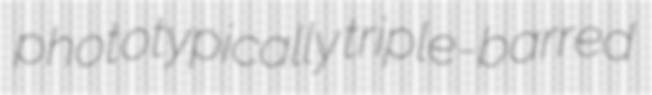
phototypically triple-barred